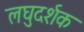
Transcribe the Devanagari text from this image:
लघुदर्शक